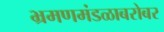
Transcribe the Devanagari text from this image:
भ्रमणमंडळाबरोबर